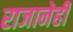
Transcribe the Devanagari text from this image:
राजानेही